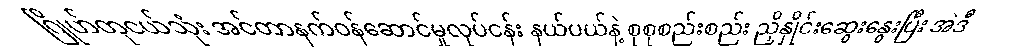
ဂြိုဟ်တုငယ်သုံး အင်တာနက်ဝန်ဆောင်မှုလုပ်ငန်း နယ်ပယ်နဲ့ စုစုစည်းစည်း ညှိနှိုင်းဆွေးနွေးပြီး အဲဒီ